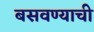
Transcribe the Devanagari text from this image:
बसवण्याची